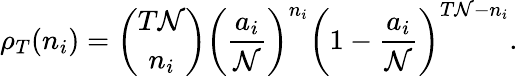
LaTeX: \rho_{T}(n_{i})={{\binom{T\mathcal{N}}{n_{i}}}}\bigg(\frac{{a_{i}}}{{\mathcal{N}}}\bigg)^{n_{i}}\bigg(1-\frac{{a_{i}}}{{\mathcal{N}}}\bigg)^{T\mathcal{N}-n_{i}}.